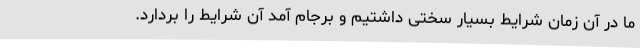
ما در آن زمان شرایط بسیار سختی داشتیم و برجام آمد آن شرایط را بردارد.